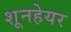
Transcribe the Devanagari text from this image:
शूनहेयर